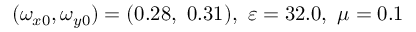
( \omega _ { x 0 } , \omega _ { y 0 } ) = ( 0 . 2 8 , \ 0 . 3 1 ) , \ \varepsilon = 3 2 . 0 , \ \mu = 0 . 1